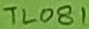
Text: TL081